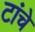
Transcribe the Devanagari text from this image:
टांचे